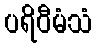
ပရိဝီမံသံ